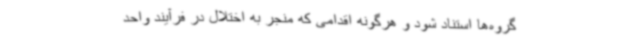
گروه‌ها استناد شود و هرگونه اقدامی که منجر به اختلال در فرآیند واحد